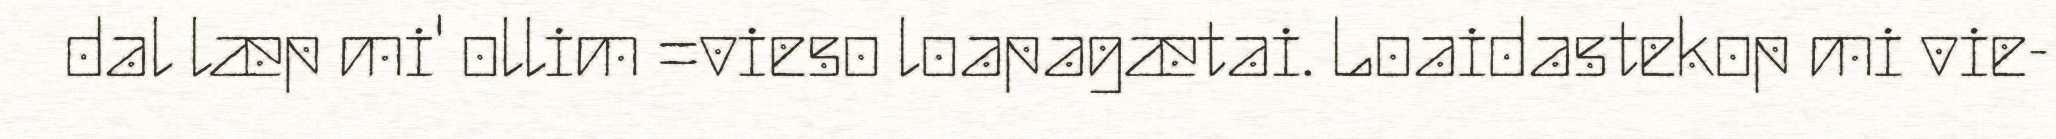
dal læp mi' ollim =vieso loapagætai. Loaidastekop mi vie-